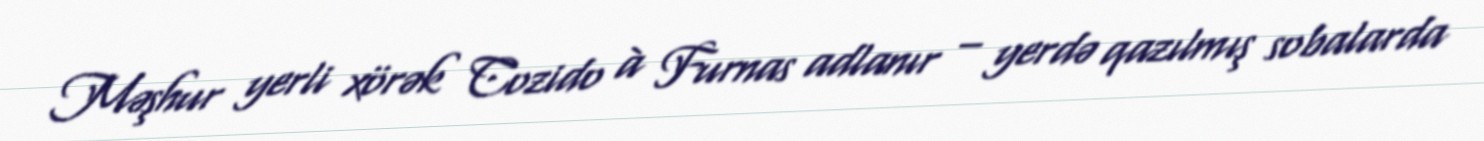
Məşhur yerli xörək Cozido à Furnas adlanır – yerdə qazılmış sobalarda